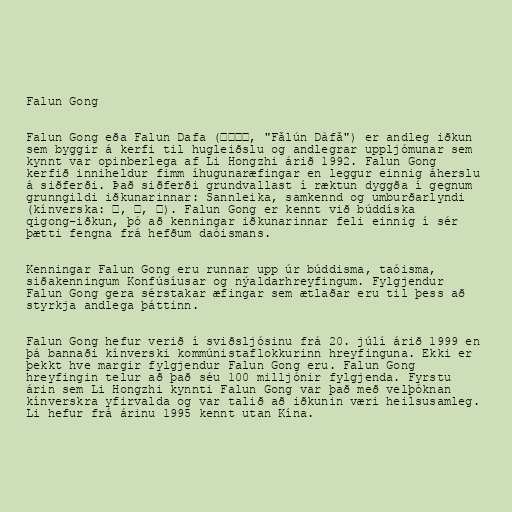
Falun Gong

Falun Gong eða Falun Dafa (法輪大法, "Fǎlún Dàfǎ") er andleg iðkun
sem byggir á kerfi til hugleiðslu og andlegrar uppljómunar sem
kynnt var opinberlega af Li Hongzhi árið 1992. Falun Gong
kerfið inniheldur fimm íhugunaræfingar en leggur einnig áherslu
á siðferði. Það siðferði grundvallast í ræktun dyggða í gegnum
grunngildi iðkunarinnar: Sannleika, samkennd og umburðarlyndi
(kínverska: 真, 善, 忍). Falun Gong er kennt við búddíska
qigong-iðkun, þó að kenningar iðkunarinnar feli einnig í sér
þætti fengna frá hefðum daóismans.

Kenningar Falun Gong eru runnar upp úr búddisma, taóisma,
siðakenningum Konfúsíusar og nýaldarhreyfingum. Fylgjendur
Falun Gong gera sérstakar æfingar sem ætlaðar eru til þess að
styrkja andlega þáttinn.

Falun Gong hefur verið í sviðsljósinu frá 20. júlí árið 1999 en
þá bannaði kínverski kommúnistaflokkurinn hreyfinguna. Ekki er
þekkt hve margir fylgjendur Falun Gong eru. Falun Gong
hreyfingin telur að það séu 100 milljónir fylgjenda. Fyrstu
árin sem Li Hongzhi kynnti Falun Gong var það með velþóknan
kínverskra yfirvalda og var talið að iðkunin væri heilsusamleg.
Li hefur frá árinu 1995 kennt utan Kína.